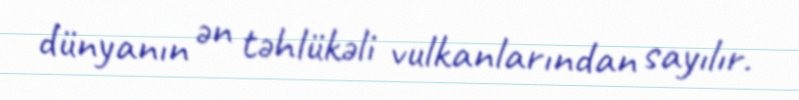
dünyanın ən təhlükəli vulkanlarından sayılır.